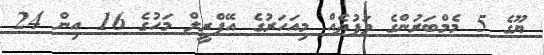
ޔޫގެ 5 މެމްބަރުންގެ ވަފުދެއް މިއަހަރުގެ އޭޕްރީލް މަހުގެ 16 އިން 24